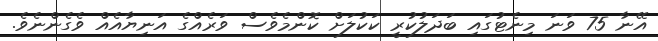
އޭނާ 75 ވަނަ މިނެޓުގައި ބަދަލުކުރީ ކަކުލަށް ކޮންމެވެސް ވަރެއްގެ އަނިޔާއެއް ވެގެންނެވެ.